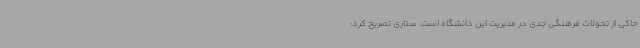
حاکی از تحولات فرهنگی جدی در مدیریت این دانشگاه است. ستاری تصریح کرد: